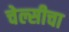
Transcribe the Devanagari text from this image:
चेल्सीचा